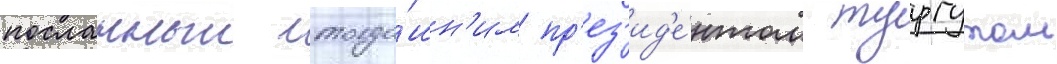
посланныи тогда́шн'им пр'ез'ид'е́нтом тургутом